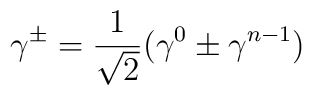
\gamma^{\pm} = \frac{1}{\sqrt{2}} (\gamma^{0} \pm \gamma^{n-1})